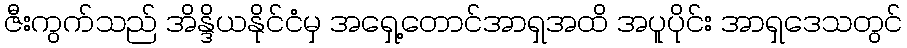
ဇီးကွက်သည် အိန္ဒိယနိုင်ငံမှ အရှေ့တောင်အာရှအထိ အပူပိုင်း အာရှဒေသတွင်